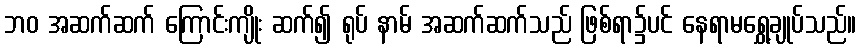
ဘဝ အဆက်ဆက် ကြောင်းကျိုး ဆက်၍ ရုပ် နာမ် အဆက်ဆက်သည် ဖြစ်ရာ၌ပင် နေရာမရွှေ့ချုပ်သည်။